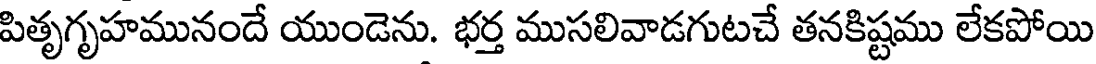
పితృగృహమునందే యుండెను. భర్త ముసలివాడగుటచే తనకిష్టము లేకపోయి